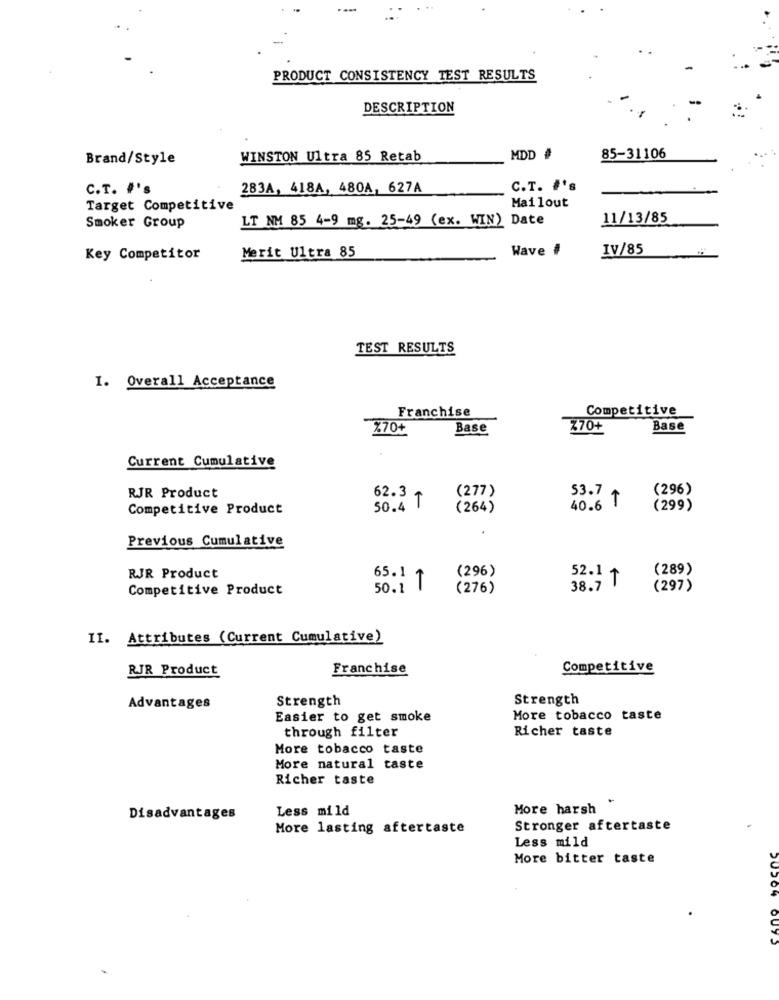
---
PRODUCT CONSISTENCY TEST RESULTS
DESCRIPTION
Brand/Style
WINSTON Ultra 85 Retab
MDD #
85-31106
C.T. #'s
283A, 418A, 480A, 627A
C.T. #'s
Target Competitive
Mailout
LT NM 85 4-9 mg. 25-49 (ex. WIN) Date
11/13/85
Smoker Group
Wave #
IV/85
Key Competitor
Merit Ultra 85
TEST RESULTS
I. Overall Acceptance
Competitive
Franchise
X70+
Base
Z70+
Base
Current Cumulative
(277)
53.7
(296)
RJR Product
62.3
Competitive Product
50.4 T
(264)
40.6 T
(299)
Previous Cumulative
(296)
(289)
RJR Product
65.1
52.1 1
Competitive Product
50.1 T
(276)
38.7 T
(297)
II. Attributes (Current Cumulative)
RJR Product
Franchise
Competitive
Strength
Strength
Advantages
Easier to get smoke
More tobacco taste
through filter
Richer taste
More tobacco taste
More natural taste
Richer taste
Less mild
More harsh
Disadvantages
More lasting aftertaste
Stronger aftertaste
Less mild
More bitter taste